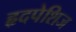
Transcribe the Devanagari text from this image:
हृदपेशिज